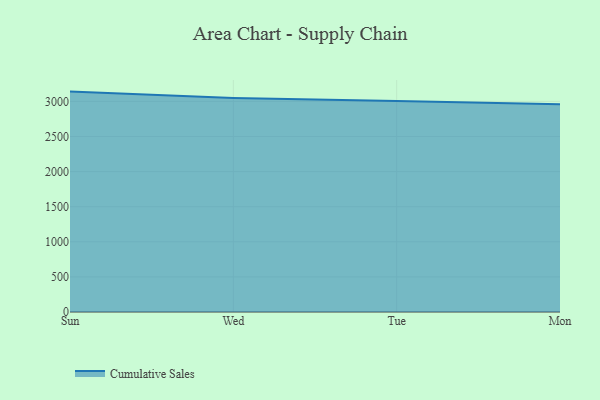
{"axis": {"x": "Day", "y": "Headcount"}, "legend": ["Cumulative Sales"], "data": [{"x": "Sun", "y": 3139.6, "type": "Cumulative Sales"}, {"x": "Wed", "y": 3049.9, "type": "Cumulative Sales"}, {"x": "Tue", "y": 3006.6, "type": "Cumulative Sales"}, {"x": "Mon", "y": 2959.9, "type": "Cumulative Sales"}]}